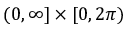
( 0 , \infty ] \times [ 0 , 2 \pi )